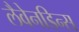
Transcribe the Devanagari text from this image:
लैवेनडिन्स